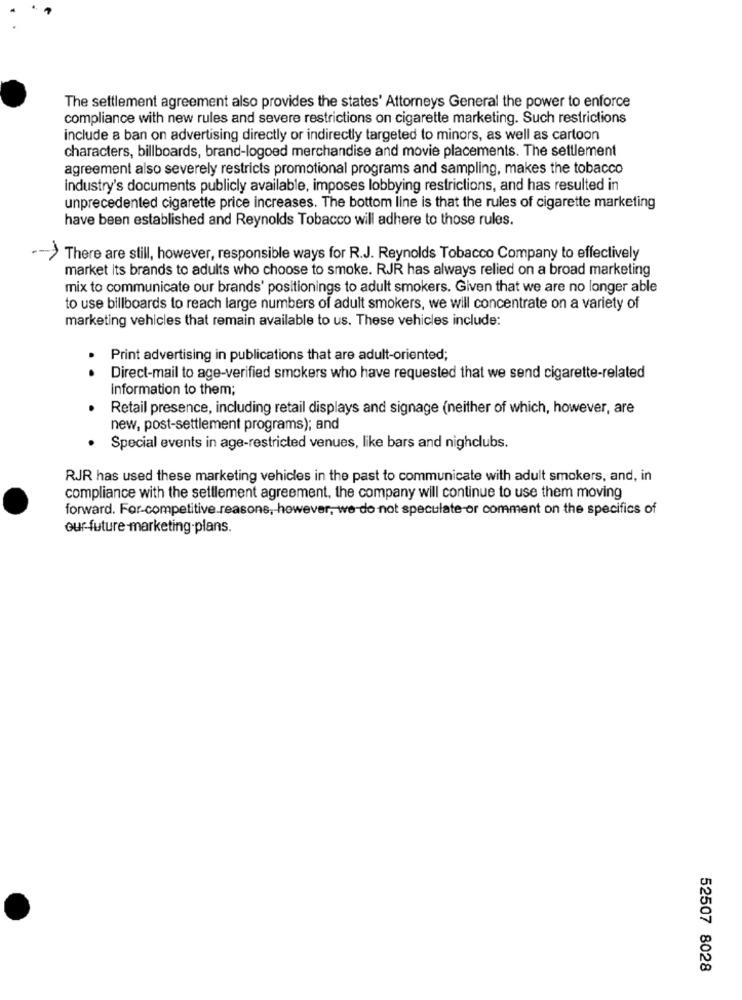
The settlement agreement also provides the states' Attorneys General the power to enforce
compliance with new rules and severe restrictions on cigarette marketing. Such restrictions
include a ban on advertising directly or indirectly targeted to minors, as well as cartoon
characters, billboards, brand-logoed merchandise and movie placements. The settlement
agreement also severely restricts promotional programs and sampling, makes the tobacco
industry's documents publicly available, imposes lobbying restrictions, and has resulted in
unprecedented cigarette price increases. The bottom line is that the rules of cigarette marketing
have been established and Reynolds Tobacco will adhere to those rules.
There are still, however, responsible ways for R.J. Reynolds Tobacco Company to effectively
market its brands to adults who choose to smoke. RJR has always relied on a broad marketing
mix to communicate our brands' positionings to adult smokers. Given that we are no longer able
to use billboards to reach large numbers of adult smokers, we will concentrate on a variety of
marketing vehicles that remain available to us. These vehicles include:
Print advertising in publications that are adult-oriented;
..
Direct-mail to age-verified smokers who have requested that we send cigarette-related
information to them;
Retail presence, including retail displays and signage (neither of which, however, are
new, post-settlement programs); and
Special events in age-restricted venues, like bars and nighclubs.
RJR has used these marketing vehicles in the past to communicate with adult smokers, and, in
compliance with the settlement agreement, the company will continue to use them moving
forward. For-competitive reasons, however, we-do not speculate-or comment on the specifics of
our-future -marketing plans.
52507 8028